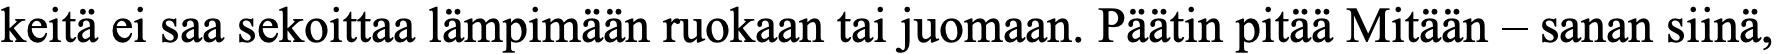
keitä ei saa sekoittaa lämpimään ruokaan tai juomaan. Päätin pitää Mitään – sanan siinä,